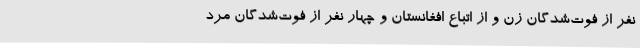
نفر از فوت‌شدگان زن و از اتباع افغانستان و چهار نفر از فوت‌شدگان مرد